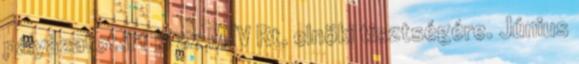
pályázatot írt ki az MTV Rt. elnöki tisztségére. Június